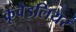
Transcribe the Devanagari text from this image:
क्रूवेइलियर